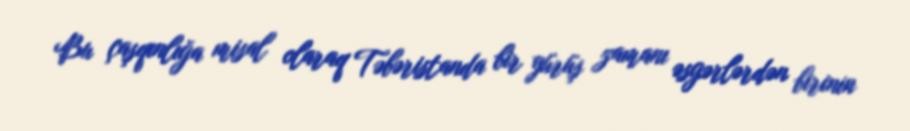
Bu çaşqınlığa misal olaraq Təbəristanda bir yürüş zamanı əsgərlərdən birinin